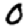
Digit: 0